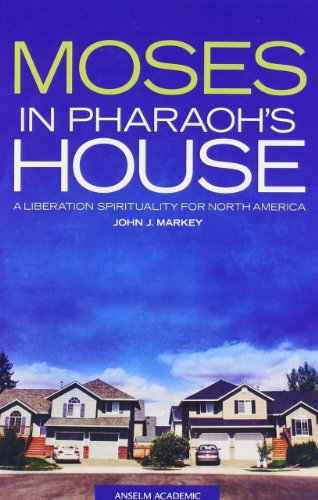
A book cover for Moses in Pharaoh's House: A Liberation Spirituality for North America; John J. Markey; Christian Books & Bibles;